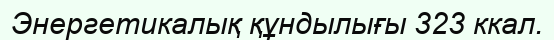
Энергетикалық құндылығы 323 ккал.